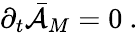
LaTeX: {\partial}_{t}\bar{\cal{A}}_{M}=0\ .